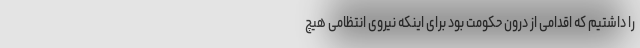
را داشتیم که اقدامی از درون حکومت بود برای اینکه نیروی انتظامی هیچ